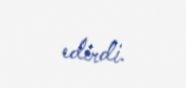
edirdi.